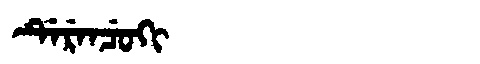
Manchu: ᡩᡝᡵᡝᠨᠴᡠᡴᡳ
Romanization: DERENCUKI